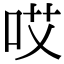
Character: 哎